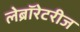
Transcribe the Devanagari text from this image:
लेब्रॉरेटरीज